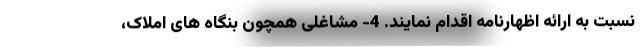
نسبت به ارائه اظهارنامه اقدام نمایند. 4- مشاغلی همچون بنگاه های املاک،